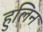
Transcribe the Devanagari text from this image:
हुलिन